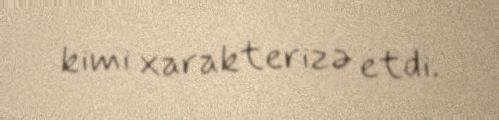
kimi xarakterizə etdi.